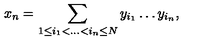
x _ { n } = \sum _ { 1 \leq i _ { 1 } < . . . < i _ { n } \leq N } y _ { i _ { 1 } } \dots y _ { i _ { n } } ,